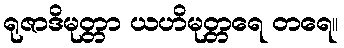
ရုဇာဒိမုတ္တာ ယဟိမုတ္တရေ တရေ။